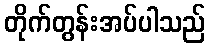
တိုက်တွန်းအပ်ပါသည်